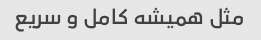
مثل همیشه کامل و سریع